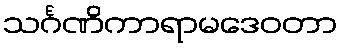
သင်္ဂဏိကာရာမဒေဝတာ